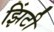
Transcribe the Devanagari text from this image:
झिंटी